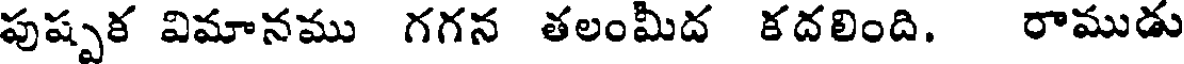
పుష్పక విమానము గగన తలంమీద కదలింది. రాముడు